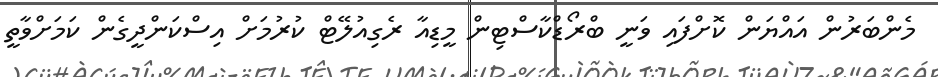
މެންބަރުން އައްޔަން ކޮށްފައި ވަނީ ބްރޯޑްކާސްޓިން މީޑިއާ ރެގިއުލޭޓް ކުރުމަށް އިސްކަންދީގެން ކަމަށްވާތީ